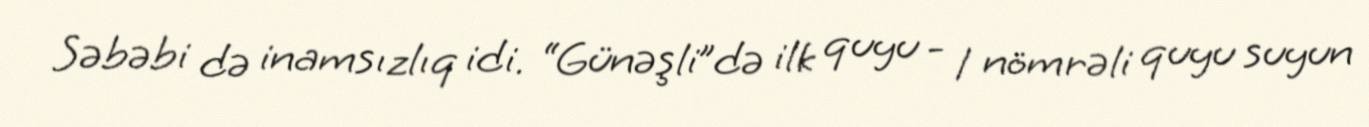
Səbəbi də inamsızlıq idi. “Günəşli”də ilk quyu - 1 nömrəli quyu suyun